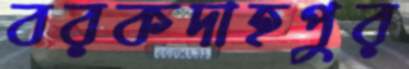
বরকদাহপুর